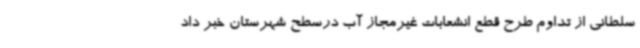
سلطانی از تداوم طرح قطع انشعابات غیرمجاز آب درسطح شهرستان خبر داد